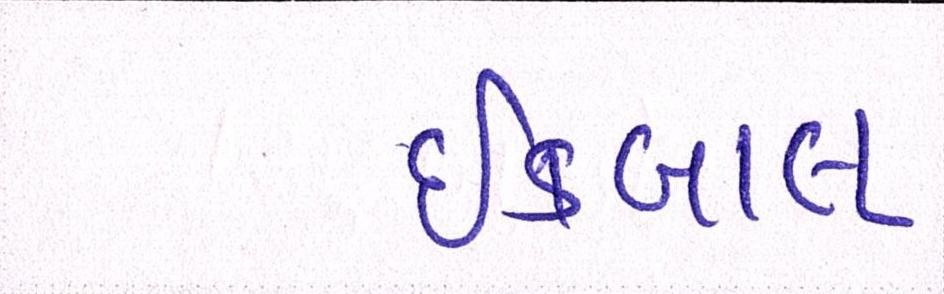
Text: ઈકબાલ